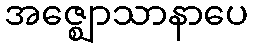
အဇ္ဈောသာနာပေ